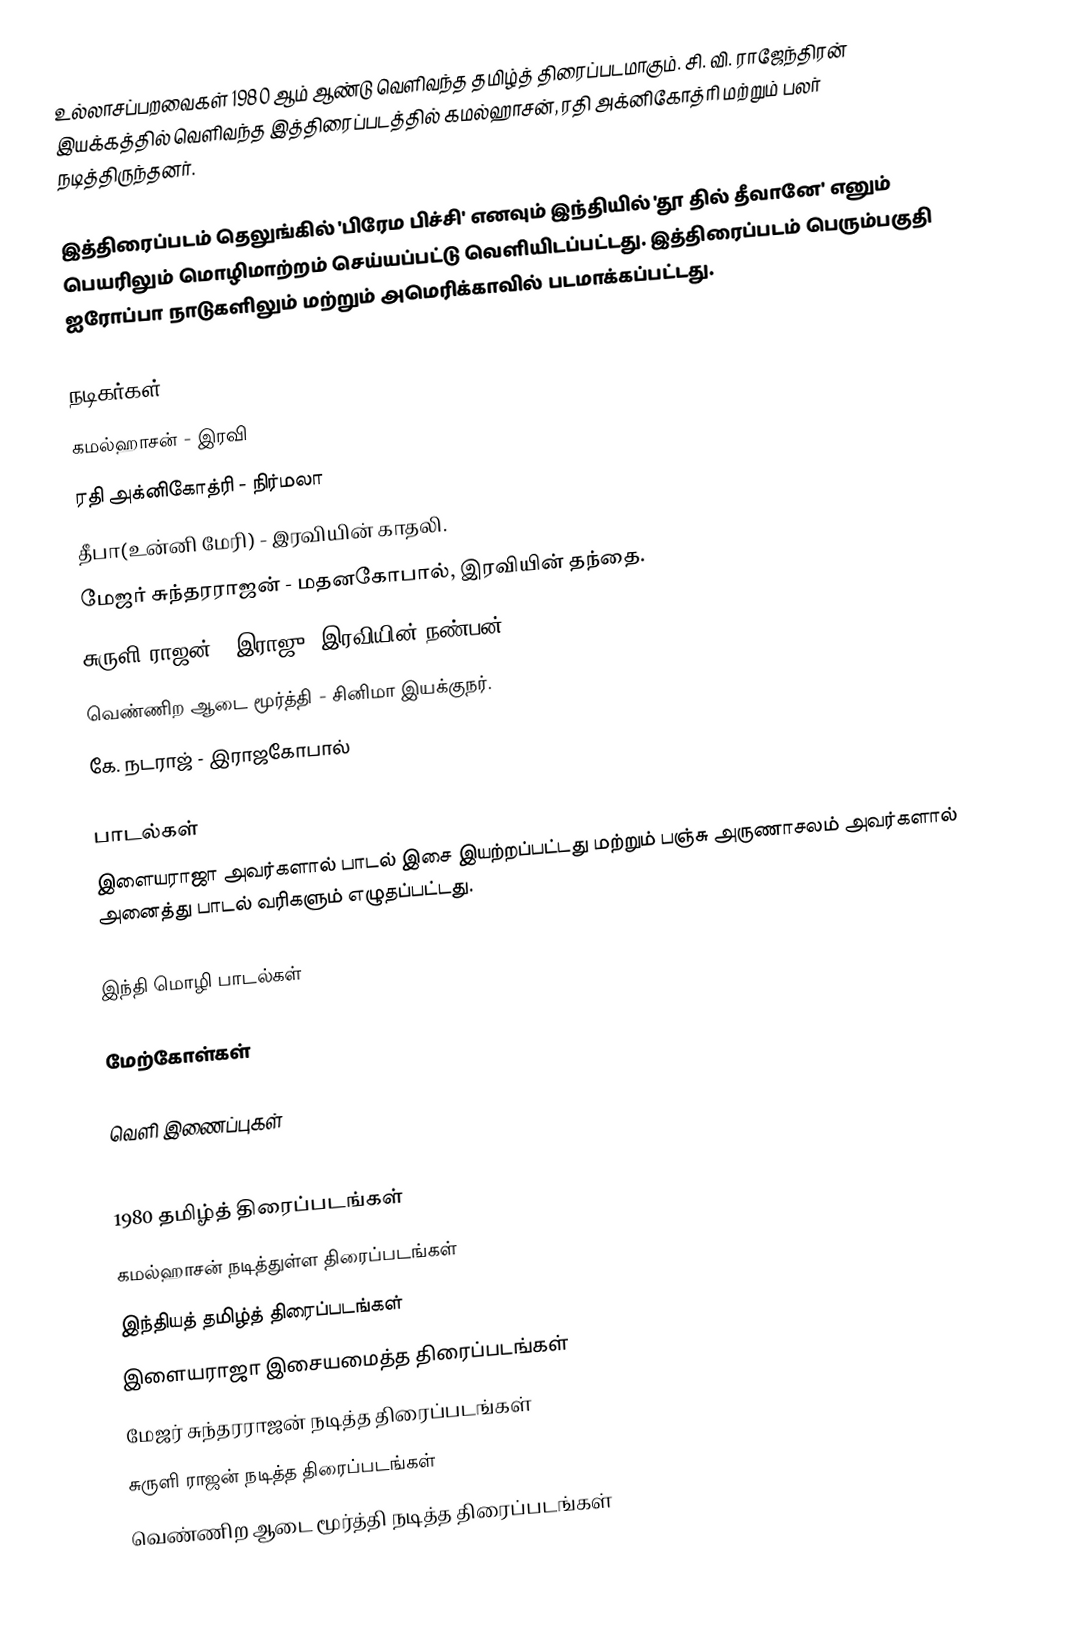
உல்லாசப்பறவைகள் 1980 ஆம் ஆண்டு வெளிவந்த தமிழ்த் திரைப்படமாகும். சி. வி. ராஜேந்திரன் இயக்கத்தில் வெளிவந்த இத்திரைப்படத்தில் கமல்ஹாசன், ரதி அக்னிகோத்ரி மற்றும் பலர் நடித்திருந்தனர்.

இத்திரைப்படம் தெலுங்கில் 'பிரேம பிச்சி' எனவும் இந்தியில் 'தூ தில் தீவானே' எனும் பெயரிலும் மொழிமாற்றம் செய்யப்பட்டு வெளியிடப்பட்டது. இத்திரைப்படம் பெரும்பகுதி ஐரோப்பா நாடுகளிலும் மற்றும் அமெரிக்காவில் படமாக்கப்பட்டது.

நடிகர்கள்
 கமல்ஹாசன் - இரவி
 ரதி அக்னிகோத்ரி - நிர்மலா
 தீபா(உன்னி மேரி) - இரவியின் காதலி.
 மேஜர் சுந்தரராஜன் - மதனகோபால், இரவியின் தந்தை.
 சுருளி ராஜன் - இராஜு, இரவியின் நண்பன்.
 வெண்ணிற ஆடை மூர்த்தி - சினிமா இயக்குநர்.
 கே. நடராஜ் - இராஜகோபால்

பாடல்கள்
இளையராஜா அவர்களால் பாடல் இசை இயற்றப்பட்டது மற்றும்  பஞ்சு அருணாசலம் அவர்களால் அனைத்து பாடல் வரிகளும் எழுதப்பட்டது.

இந்தி மொழி பாடல்கள்

மேற்கோள்கள்

வெளி இணைப்புகள்

1980 தமிழ்த் திரைப்படங்கள்
கமல்ஹாசன் நடித்துள்ள திரைப்படங்கள்
இந்தியத் தமிழ்த் திரைப்படங்கள்
இளையராஜா இசையமைத்த திரைப்படங்கள்
மேஜர் சுந்தரராஜன் நடித்த திரைப்படங்கள்
சுருளி ராஜன் நடித்த திரைப்படங்கள்
வெண்ணிற ஆடை மூர்த்தி நடித்த திரைப்படங்கள்